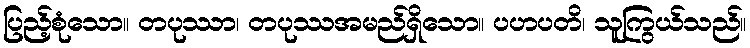
ပြည့်စုံသော။ တပုဿာ၊ တပုဿအမည်ရှိသော။ ပဟပတိ၊ သူကြွယ်သည်။